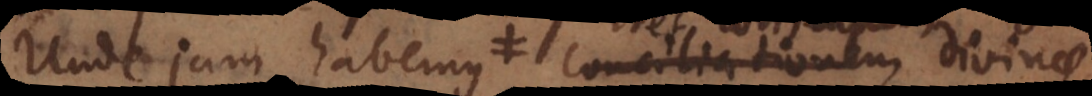
Unde jam habemus conciliationem causam